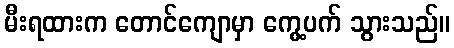
မီးရထားက တောင်ကျောမှာ ကွေ့ပက် သွားသည်။